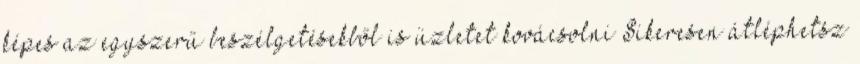
képes az egyszerű beszélgetésekből is üzletet kovácsolni Sikeresen átléphetsz